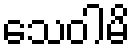
သေဝါမိ